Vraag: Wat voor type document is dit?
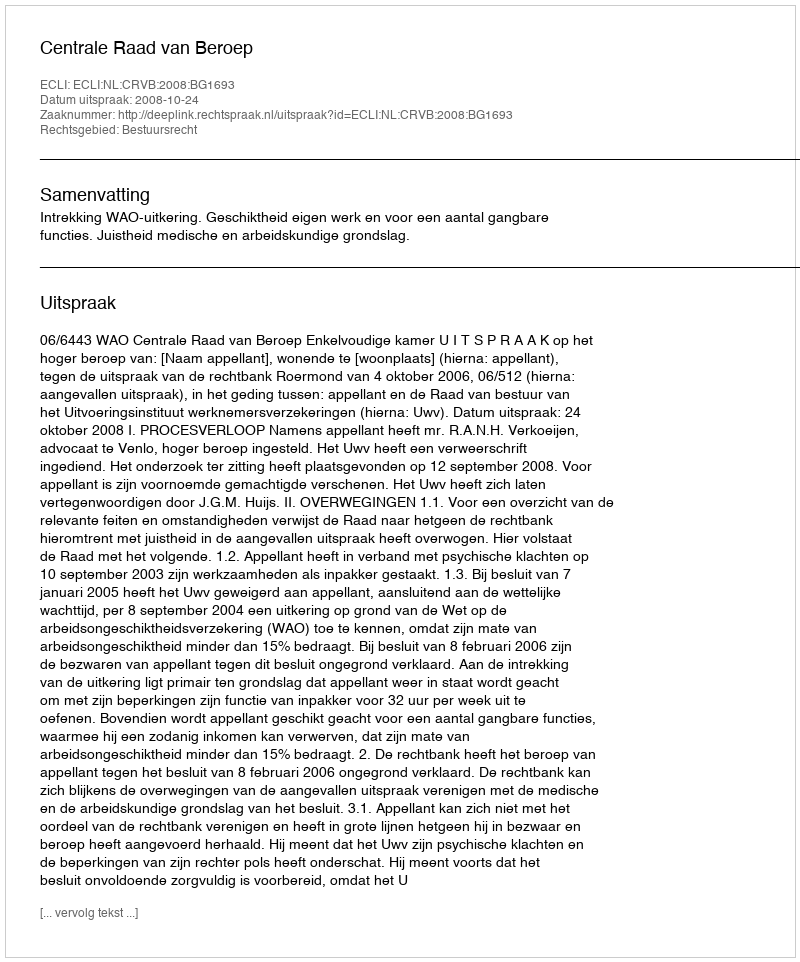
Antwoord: Uitspraak